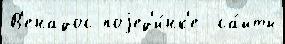
В'енадос поjед'и́нк'е  са́йты